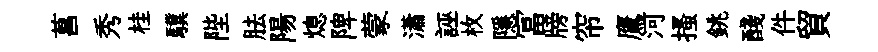
菖秀桂驥陛胠陽熄陴蒙瀟誣枚隱冨牓帘鷹河搔銚醆件貿